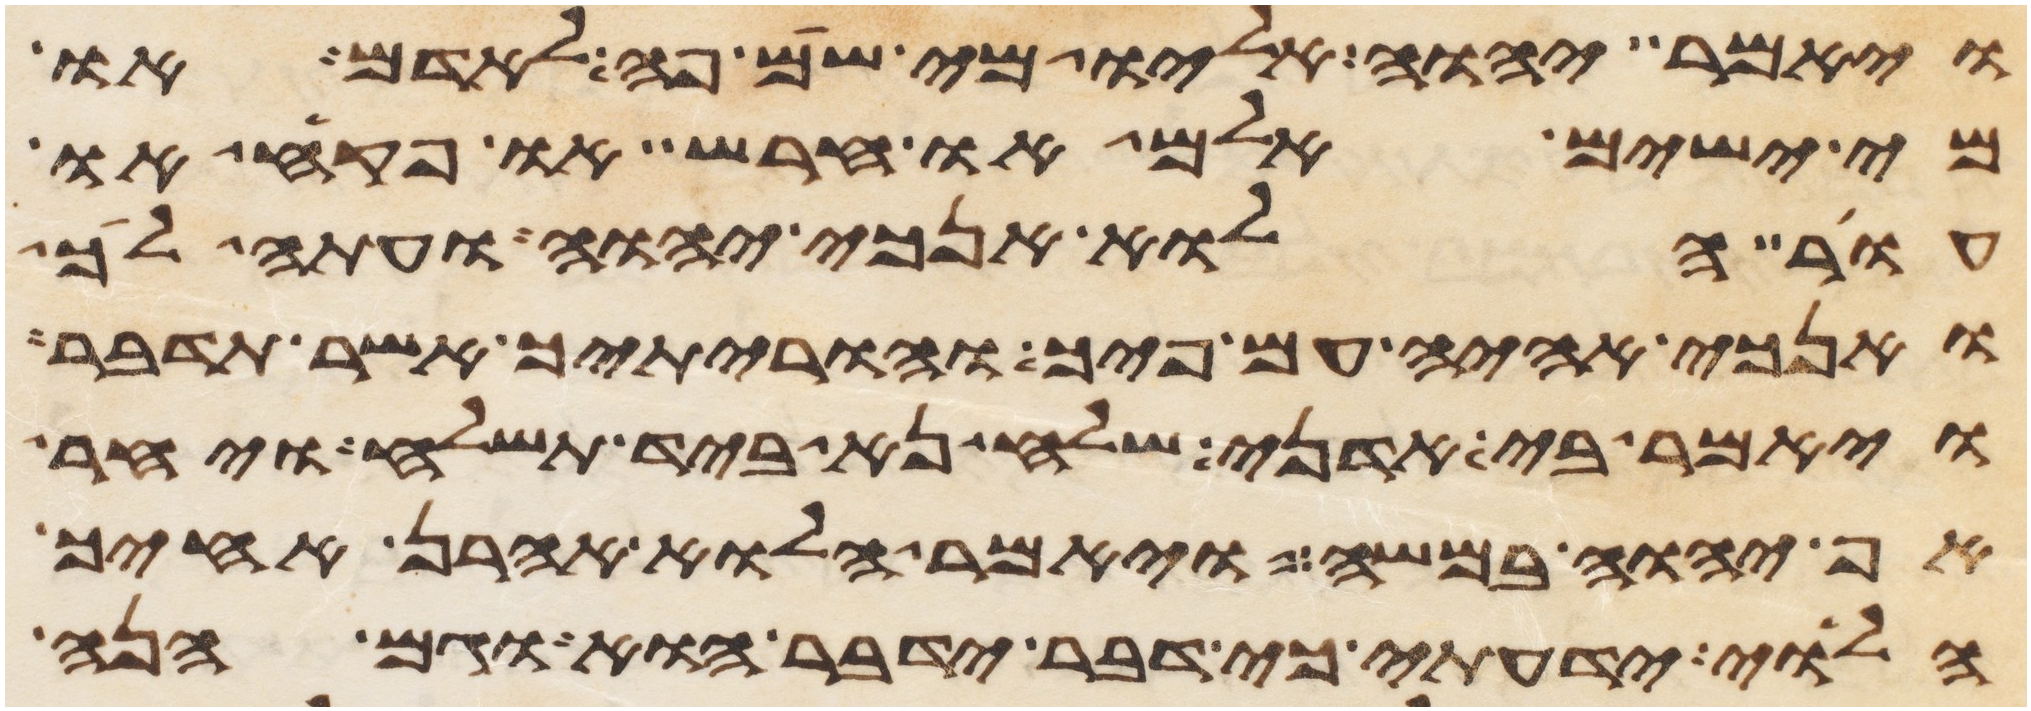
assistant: ויאמר יהוה אליו מי שם פה לאדם או
מי ישים אלם או חרש או פקח או
עור הלוא אנכי יהוה ועתה לך
ואנכי אהיה עם פיך והוריתיך אשר תדבר
ויאמר בי אדני שלח נא ביד תשלח ויחר
אף יהוה במשה ויאמר הלוא אהרן אחיך
הלוי ידעתי כי דבר ידבר הוא וגם הנה